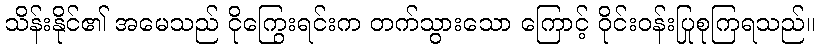
သိန်းနိုင်၏ အမေသည် ငိုကြွေးရင်းက တက်သွားသော ကြောင့် ဝိုင်းဝန်းပြုစုကြရသည်။